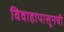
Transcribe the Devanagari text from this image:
विवाहापासूनची